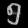
Digit: ၅